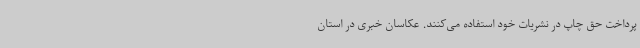
پرداخت حق چاپ در نشریات خود استفاده می‌کنند. عکاسان خبری در استان